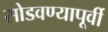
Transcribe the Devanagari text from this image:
सोडवण्यापूर्वी